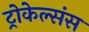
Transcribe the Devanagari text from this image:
ट्रोकेल्संस